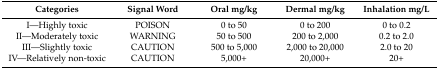
<table><thead><tr><td><b>Categories</b></td><td><b>Signal Word</b></td><td><b>Oral mg/kg</b></td><td><b>Dermal mg/kg</b></td><td><b>Inhalation mg/L</b></td></tr></thead><tbody><tr><td>I—Highly toxic</td><td>POISON</td><td>0 to 50</td><td>0 to 200</td><td>0 to 0.2</td></tr><tr><td>II—Moderately toxic</td><td>WARNING</td><td>50 to 500</td><td>200 to 2,000</td><td>0.2 to 2.0</td></tr><tr><td>III—Slightly toxic</td><td>CAUTION</td><td>500 to 5,000</td><td>2,000 to 20,000</td><td>2.0 to 20</td></tr><tr><td>IV—Relatively non-toxic</td><td>CAUTION</td><td>5,000+</td><td>20,000+</td><td>20+</td></tr></tbody></table>